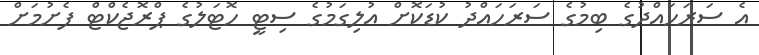
އެ ސަރަހައްދުގެ ބިމުގެ ސަރަހައްދު ކުޑަކޮށް އުލިގަމުގެ ސިޓީ ހޮޓަލުގެ ޕްރޮޖެކްޓް ފެށުމަށް